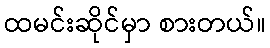
ထမင်းဆိုင်မှာ စားတယ်။